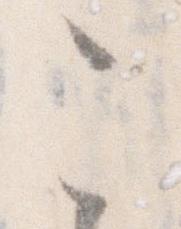
こ